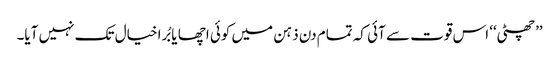
’’چھٹی‘‘ اس قوت سے آئی کہ تمام دن ذہن میں کوئی اچھا یا بُرا خیال تک نہیں آیا۔